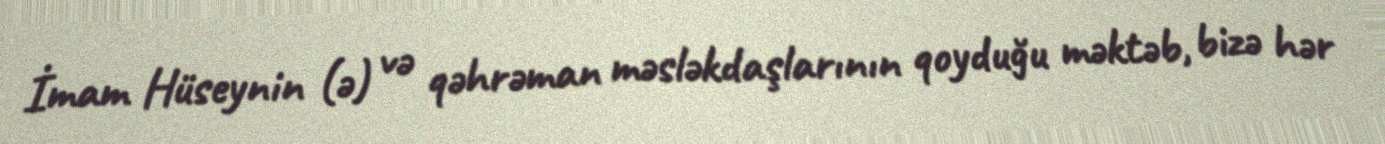
İmam Hüseynin (ə) və qəhrəman məsləkdaşlarının qoyduğu məktəb, bizə hər